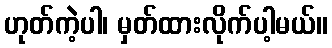
ဟုတ်ကဲ့ပါ၊ မှတ်ထားလိုက်ပါ့မယ်။